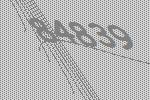
84839